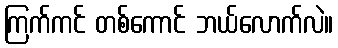
ကြက်ကင် တစ်ကောင် ဘယ်လောက်လဲ။